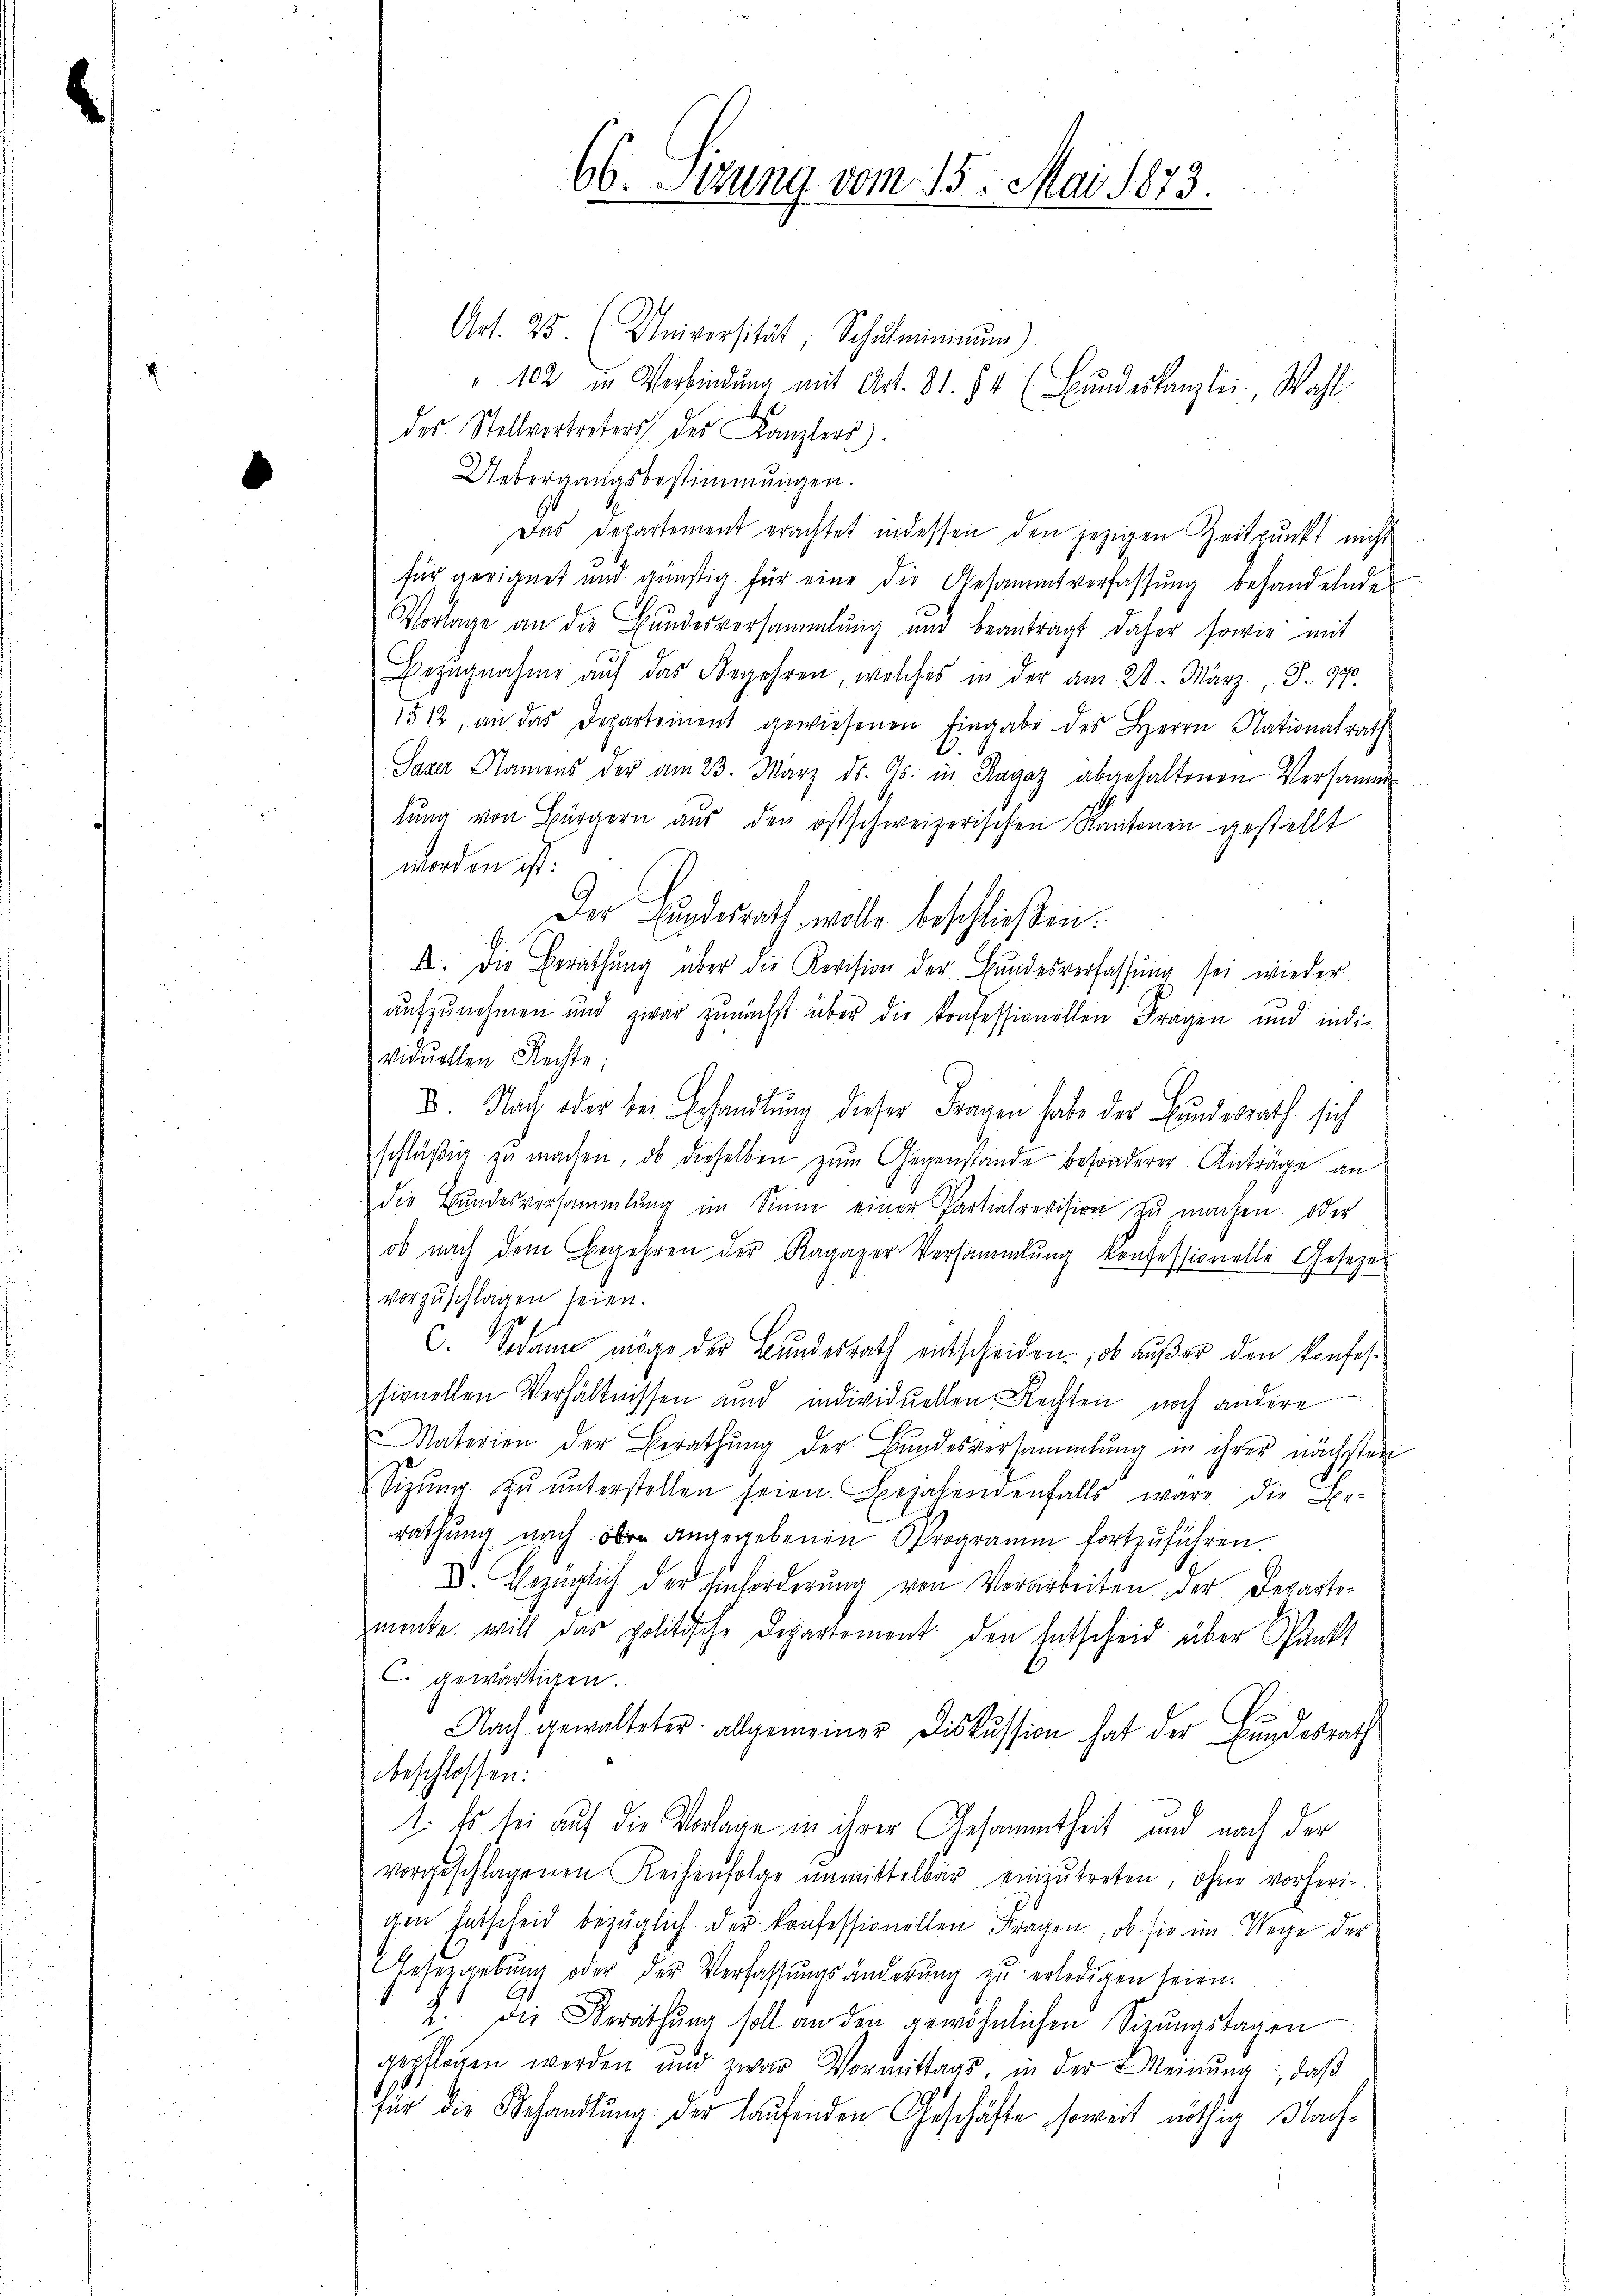
66. Sizung vom 15. Mai 1873.

Art. 25. (Universität; Schŭlminium)
" 102 in Verbindŭng mit Art. 81. 84 (Bŭndeskanzlei, Wahl
des Stellvertreters des Kanzlers).
Uebergangsbestimmungen.
Das Departement erachtet indessen den jezigen Zeitpunkt nicht
für geeignet und günstig für eine die Gesammtverfassung behandelnde
Vorlage an die Bŭndesversammlung und beantragt daher sowie mit
Bezŭgnahme aŭf das Begehren, welches in der am 28. März, S. 97
1512, an das Departement gewiesenen Eingabe des Herrn Nationalrath
Saxer Namens der am 23. März ds. Gs. in Ragaz abgehaltenen Versammlŭng von Bürger aŭs den östschweizerischen Kantonen gestellt
worden ist:
Der Eindesrath wolle beschlieβen.
A. Die Berathung über die Revision der Bundesverfassung sei wieder
aufzunehmen und zwar zunächst über die konfessionellen Fragen und indi-
viduellen Rechte:
D. Nach oder bei Behandlung dieser Fragen habe der Bundesrath sich
schläßig zu machen, ob dieselben zum Gegenstande besonderer Anträge an
die Bundesversammlung im Sinne einer Partialrevision zu machen oder
ob nach dem Begehren der Ragazer Versammlung konfessionelle Gesezes
vorzuschlagen seien.
.
C. Sodann möge der Bundesrath entscheiden, ob außer den konfessionellen Verhältnissen und individuellen Rechten noch andere
Materien der Berathŭng der Bŭndesversammlung in ihrer nächsten
Sizŭng zŭ ŭnterstellen seien. Bejahendenfalls wäre die Be-
rathung nach ober angegebenen Programm fortzuführen.
V. bezüglich der Einforderung von Vorarbeiten, der Departemenke will das politische Departement den Entscheid über Sankt
C. gewärtigen
Nach gewalteter allgemeiner Diskussion hat der Bundesrath
beschlossen:
1. Es sei auf die Vorlage in ihrer Gesammtheit und nach der
vorgeschlagenen Reihenfolge unmittelbar einzŭtreten, ohne vorheri-
gen Entscheid bezüglich der konfessionellen Fragen, ob sie im Wege der
Gesetzgebung oder der Verfassungsänderŭng zŭ erledigen seien.
2. Die Berathŭng soll an den gewöhnlichen Sizŭngstagen
gepflogen werden und zwar Vormittags, in der Meinŭng, daβ
für die Behandlŭng der laufenden Geschäfte soweit nöthig Nach-